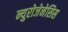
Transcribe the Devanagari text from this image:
न्युरोजेनेसिस